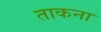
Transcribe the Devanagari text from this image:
ताकना